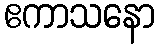
ဧကာသနော